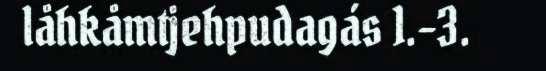
låhkåmtjehpudagás 1.-3.